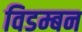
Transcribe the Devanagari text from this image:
विडम्बन